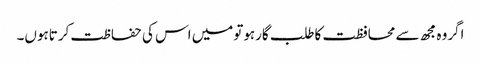
اگروہ مجھ سے محافظت کاطلب گارہوتومیں اس کی حفاظت کرتاہوں۔